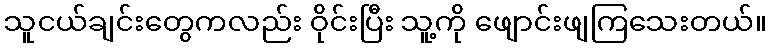
သူငယ်ချင်းတွေကလည်း ဝိုင်းပြီး သူ့ကို ဖျောင်းဖျကြသေးတယ်။